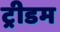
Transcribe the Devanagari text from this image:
ट्रीडम